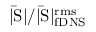
| \mathrm { \bar { S } | / | \mathrm { \bar { S } | _ { \mathrm { f D N S } } ^ { \mathrm { r m s } } } }